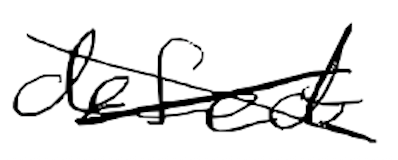
Text: defect
Cross-out: cross
Writing tool: digital_black